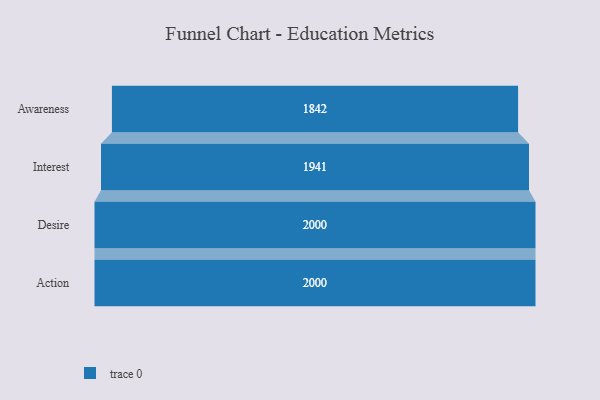
{"axis": {"x": "Stage", "y": "Value"}, "legend": [""], "data": [{"x": "Awareness", "y": 1842.0, "type": ""}, {"x": "Interest", "y": 1941.0, "type": ""}, {"x": "Desire", "y": 2000, "type": ""}, {"x": "Action", "y": 2000, "type": ""}]}